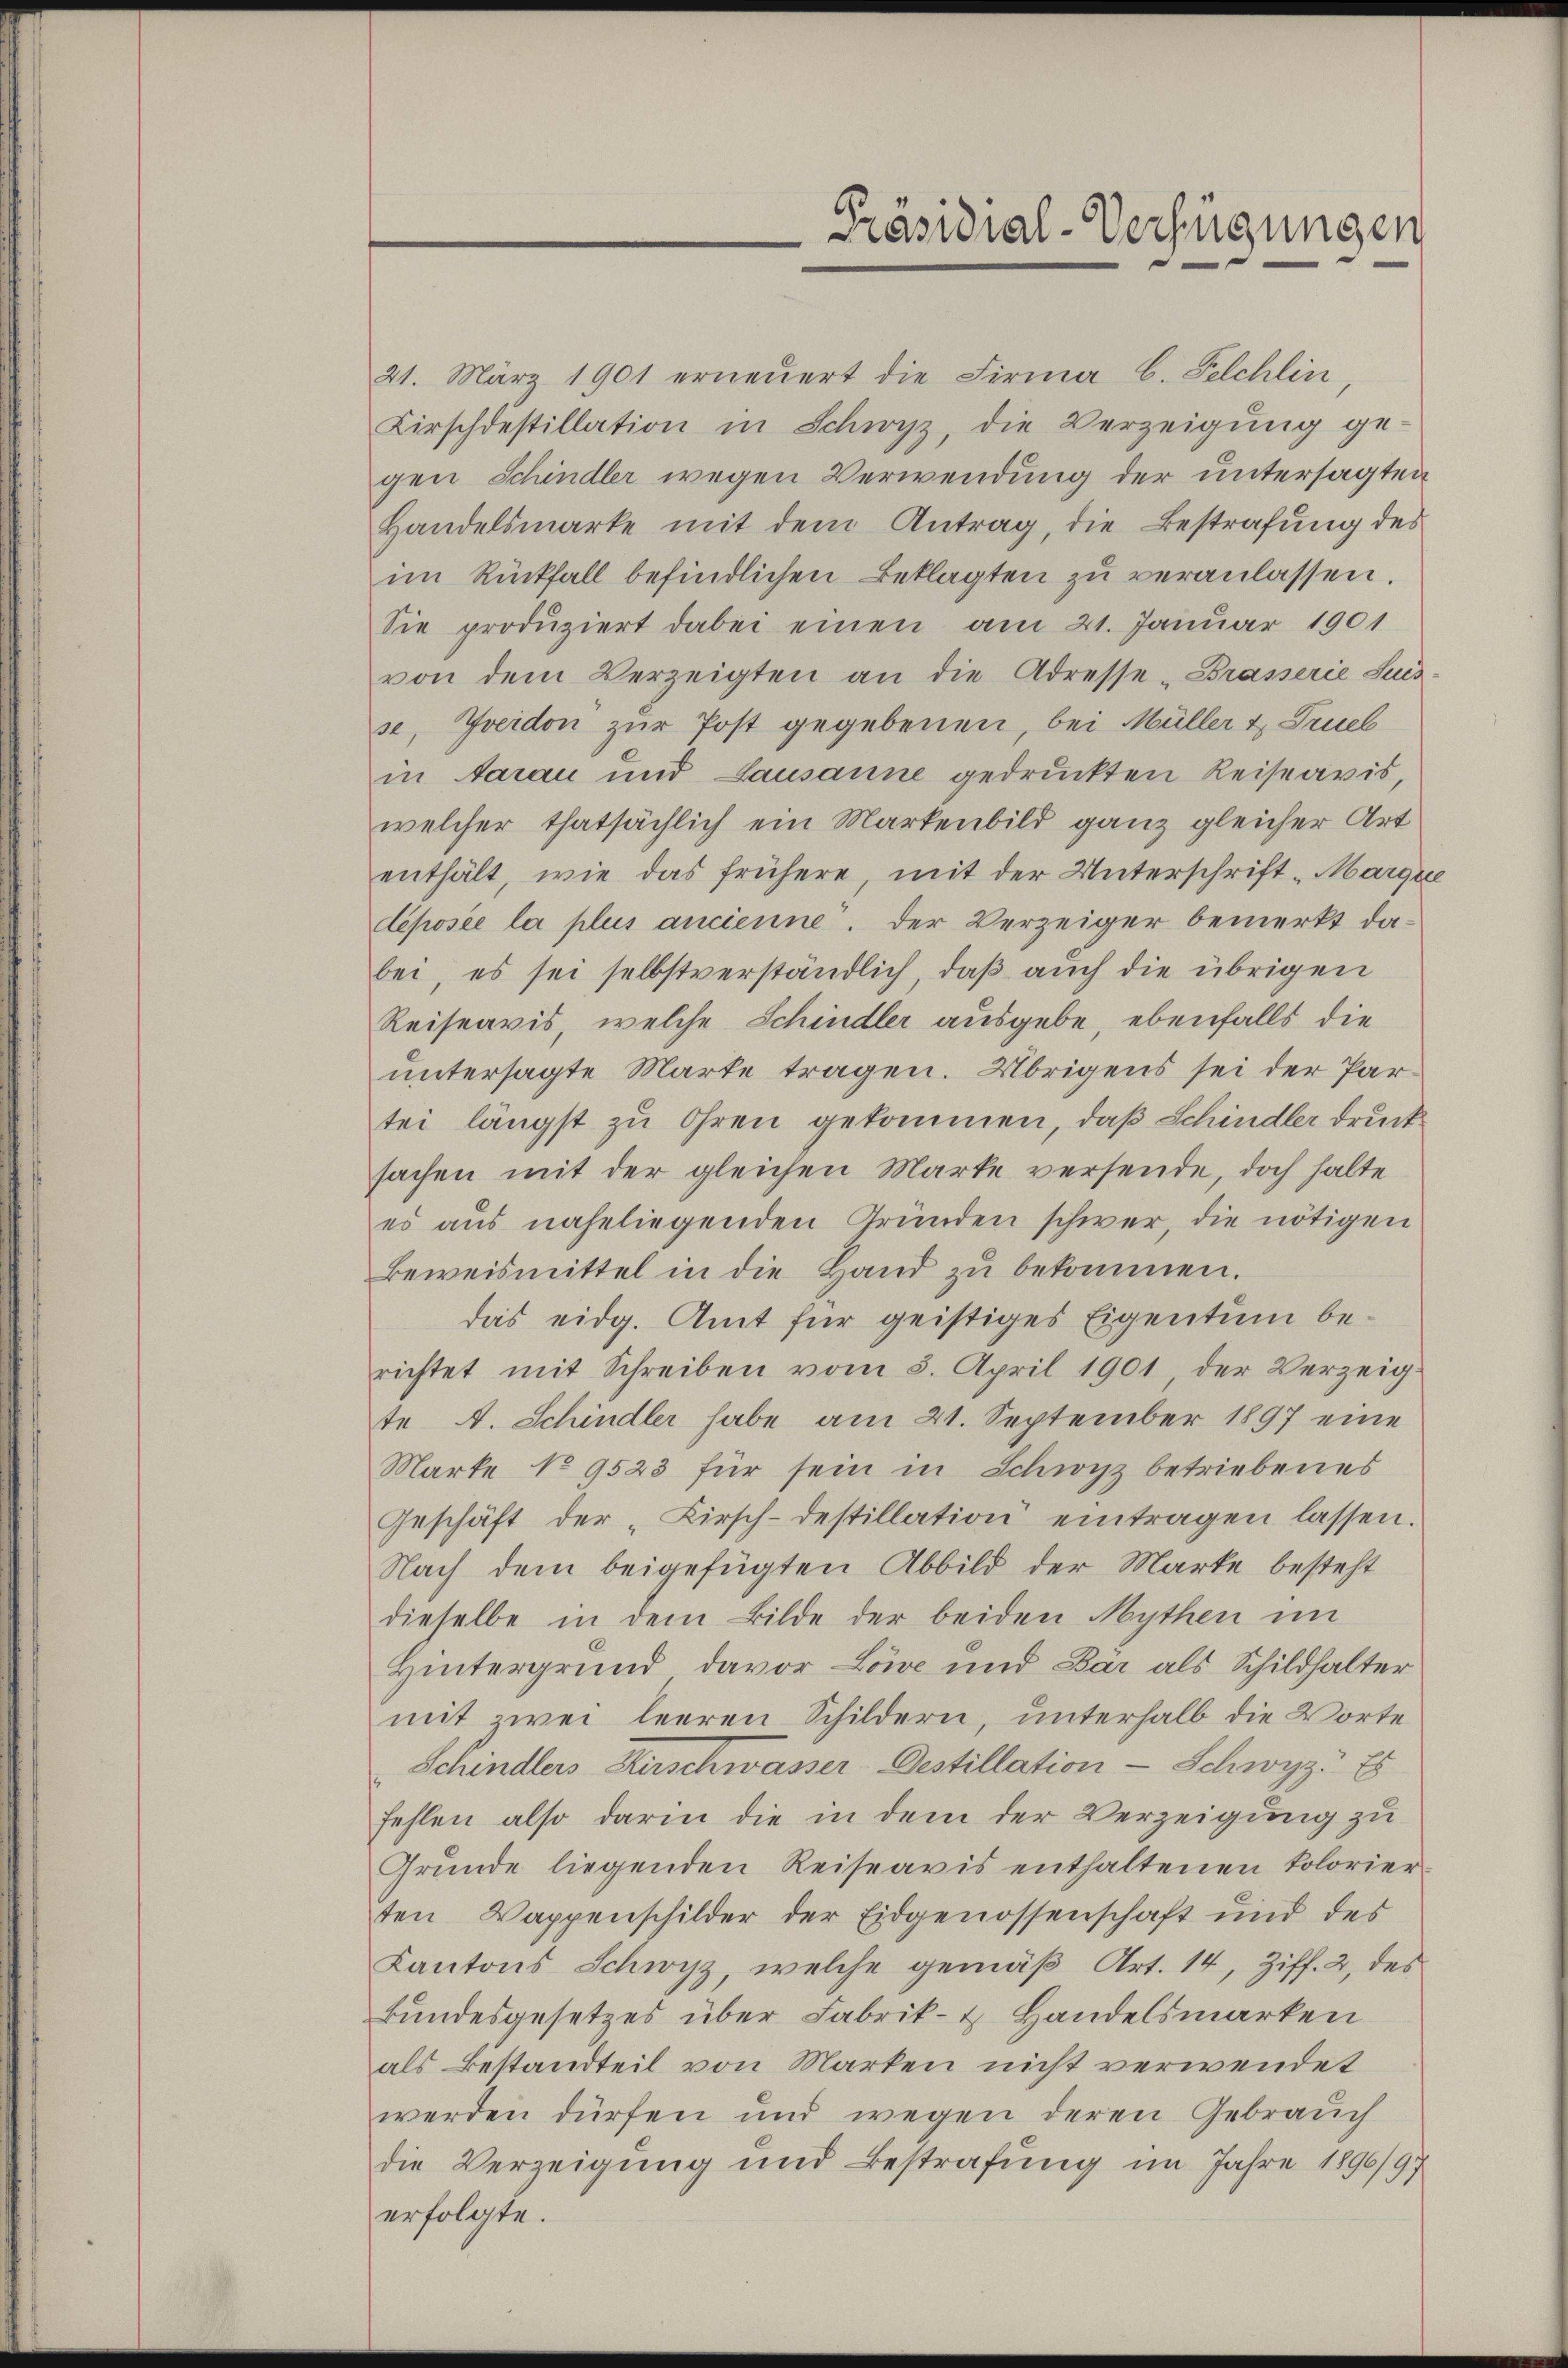
Präsidial-Verfügungen

21. März 1901 erneŭert die Firma C. Felchlin,
Kirschdestillation in Schwyz, die Verzeigung ge-
gen Schindler wegen Verwendung der untersagten
Handelsmarke mit dem Antrag, die Bestrafung des
im Rückfall befindlichen Beklagten zu veranlassen.
Sie produziert dabei einen am 21. Januar 1901
von dem Verzeigten an die Adresse-Brasserie Suis
se, Freidon zŭr Post gegebenen, bei Müller & Truel
in Aarau und Lausanne gedruckten Reiseavis,
welcher thatsächlich ein Markenbild ganz gleicher Art
enthält, wie das frühere, mit der Unterschrift „Margre
déposée la plus ancienne. Der Verzeiger bemerkt dabei, es sei selbstverständlich, daß auch die übrigen
Reiseavis, welche Schindler ausgebe, ebenfalls die
untersagte Marte tragen. Übrigens sei der Partei längst zu Ohren gekommen, daß Schindler druck
sachen mit der gleichen Marke versende, doch halte
es aŭs naheliegenden Gründen schwer, die nötigen
Beweismittel in die Hand zu bekommen.
das eidg. Amt für geistiges Eigentum berichtet mit Schreiben vom 3. April 1901, der Verzeig
te A. Schindler habe am 21. September 1897 eine
Marke No 9523 für sein in Schwyz betriebenes
Geschäft der „Kirsch-destillation eintragen lassen.
Nach dem beigefügten Abbild der Marke besteht
dieselbe in dem Bilde der beiden Mythen im
Hintergrund, davor Löwe und Bar als Schildhalter
mit zwei leeren Schildern, unterhalb die Worte
Schindlers Zuschwasser-Destillation - Schwyz: Es
fehlen also darin die in dem der Verzeigung zu
Grŭnde liegenden Reiseavis enthaltenen Tolorier-
ten Wappenschilder der Eidgenossenschaft und des
Kantons Schwyz, welche gemäß Art. 14, Ziff. 2, des
Bundesgesetzes über Fabrik- & Handelsmarken
als Bestandteil von Marken nicht verwendet
werden dürfen und wegen deren Gebrauch
die Verzeigung und Bestrafung im Jahre 1896/9)
erfolgte.